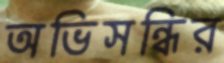
অভিসন্ধির